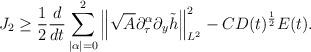
LaTeX: \begin{align*}J_2\ge \frac 12\frac d{dt}\sum\limits_{|\alpha|=0}^{2}\left\|\sqrt{A}\partial_\tau^\alpha\partial_y\tilde{h}\right\|_{L^2}^2-CD(t)^{\frac12}E(t).\end{align*}